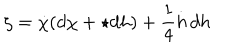
LaTeX: \zeta = \dot { \chi } ( d \chi + \star d h ) + \frac { 1 } { 4 } \dot { h } \, d h